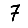
Digit: 7